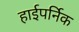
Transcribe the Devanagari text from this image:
हाईपर्निक